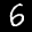
Label: 6